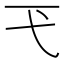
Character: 𢍼